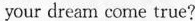
your dream come true?